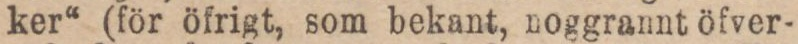
ker“ (för öfrigt, som bekant, noggrannt öfver-